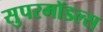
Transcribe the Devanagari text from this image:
सुपरमॉडल्स